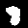
Digit: 8